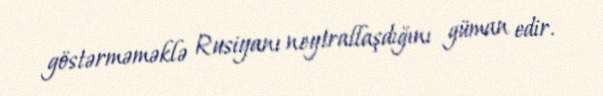
göstərməməklə Rusiyanı neytrallaşdığını güman edir.